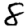
Digit: 8